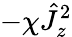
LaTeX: -\chi\hat{J}_{z}^{2}